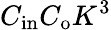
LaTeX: C_{\mathrm{in}}C_{\mathrm{o}}K^{3}